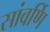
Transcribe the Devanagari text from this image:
सांवर्णि